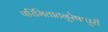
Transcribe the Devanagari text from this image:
परिमितातनुरेषापुरी